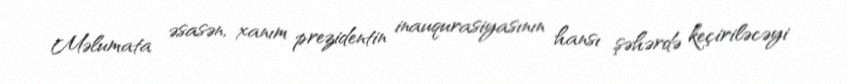
Məlumata əsasən, xanım prezidentin inauqurasiyasının hansı şəhərdə keçiriləcəyi